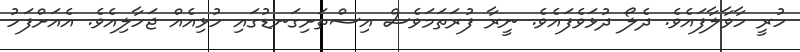
ހުރީ ހާވާލާފައެވެ. ދެލޯ ދުޅަވެފައެވެ. ނީރާ ފުރަތަމަވެސް އިސްތަށިގަނޑުގައި ހުޅިއެއް ޖަހާލިއެވެ. އެއަށްފަހު